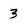
Character: 3